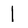
Character: 1